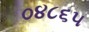
૦૪૮૬૫